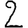
Digit: 2